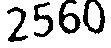
2560